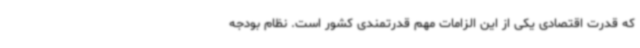
که قدرت اقتصادی یکی از این الزامات مهم قدرتمندی کشور است. نظام بودجه